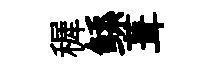
穉鲧葺